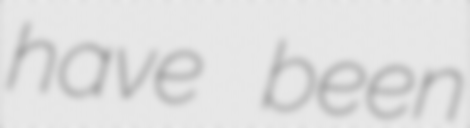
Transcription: have been